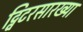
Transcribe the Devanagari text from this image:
ट्विटरसारख्या